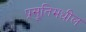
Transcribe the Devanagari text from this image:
प्रसूतिमधील